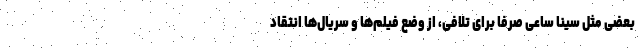
بعضی مثل سینا ساعی صرفا برای تلافی، از وضع فیلم‌ها و سریال‌ها انتقاد